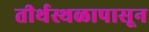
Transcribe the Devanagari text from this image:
तीर्थस्थळापासून